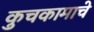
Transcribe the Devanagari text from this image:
कुचकामाचे